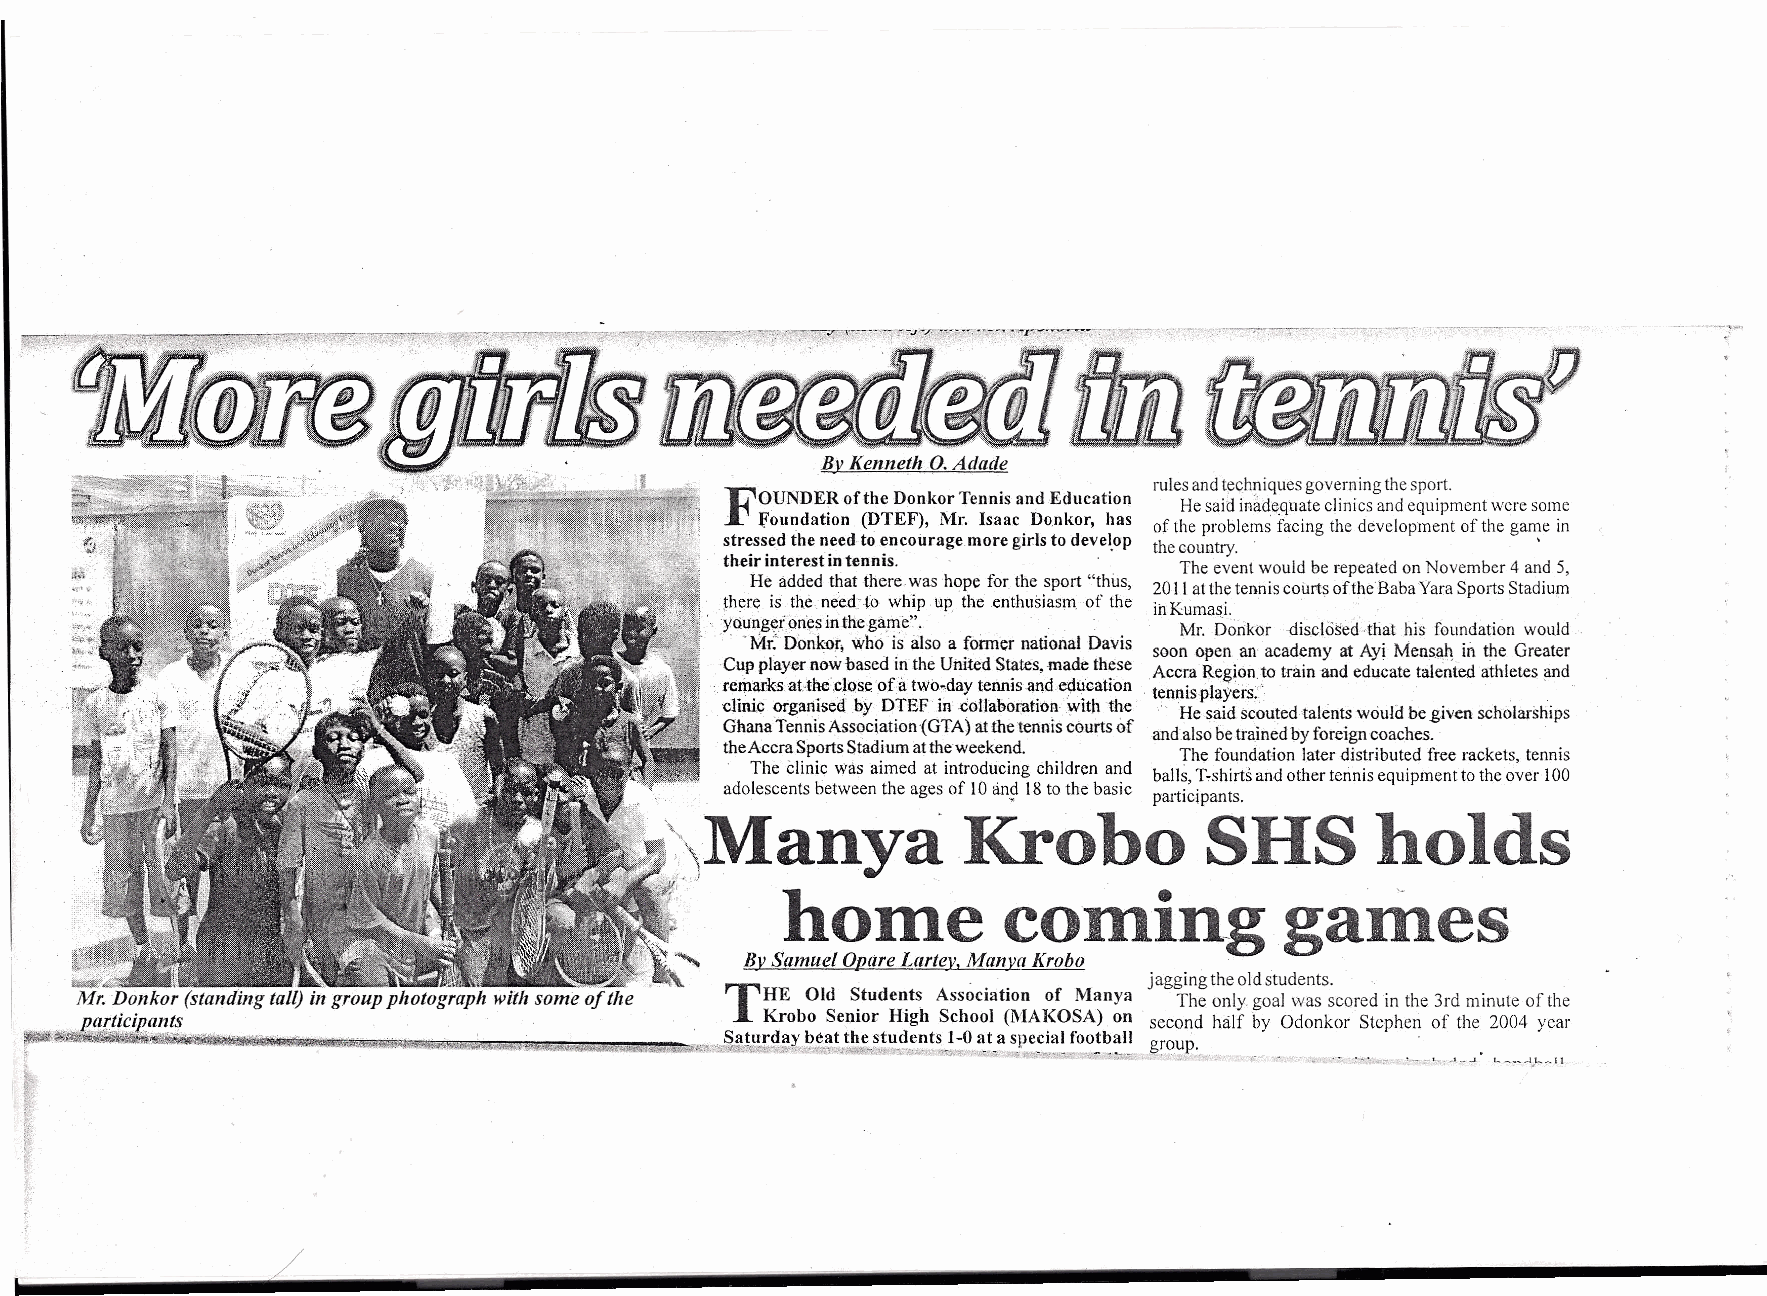
,..,..",.":+'?" ••:_ ''':''''~-~~~"''i'i77<'' ._~_",."a, .. )0 , ~-;""~';",-,-:,-~--.-::-~,-.,, ---;r-~.~--:?-.:,--.J,~r-: •.r__'__:--""l--~·-"""I""r-~"'''''''-'''--~~~''-=-·~~-;---''''-~-
 ,                          rulesandtechniques governing thesport.
 F
 OUNDER ofthe Donkor Tennis and Education Hesaid inadequate clinics and equipmen.twere some
 , foundation (DTEF), Mr. Isaac. Donkor, has of the problems facing the development of the gan:c III
 stressed the need to encourage more girls to develop thecountry.
 their interest intennis.  ,The  event would be repeated on November 4and 5,
 He added that there was hope for the sport "thus, 20IIatthe tennis courts oftheBaba Yara Sports Stadium
 there is the need-to whip up the enthusiasm of the irrKurnasi.
 youngerones inrhe game'', , '.. Mr. Oorikor ,disclosed that his foundation would
 , , "r-':k" Donkor, who is also a former national DaVIS soon open an academy at Ayi Mensah in the Greater
 Cup player nowbased inthe United States, made th~se Accra Region to train and educate talented athletes and
 remarks at-the close of-a two-day tennis and e9ucatlon tennis players:'
 clinic orgaaisedby DTEF in .collaboratien with the ,:. He said scouted talents would be,given scholarships
 GhanaTennis Association (GTA) atthetennis courts of andalso betrained byforeign coaches.
 theAccra Sports Stadium attheweekend. The foundation later distributed free rackets, tennis
 The clinic Wasaimed at introducing children and balls Tsshirts and other tennis equipment totheover 100
 adolescents between the ages of 10an? 18to the basic participants.
 \ManyaKrobo                         SHS        holds
 ~      home          coming             games
 BvSamuel OpareLartev. Manva Krobo '.
 >1f""&."'..l"!>"rM". ;".' '. >,
 mn ". "   .
 '--'''''':'>~'\.        ' .         jagging the oldstudents, '
 (:- di t l~~;~pil     with som; 'Ofthe .. THE Old Students Association of Manya The only. goal was scored in the 3rd minute of the
 r. .o:n or standing a 111groupp to           Krobo Senior High School (MAKOSA) on second half by Odonkor Stephen of the 2004 year
 . .,'" pq;;t~.~.lpart~r.'.".., ". '.... , .. ... . '.. Saturday beat the students 1-0at aspecial football group. .
 ~~~IIf.m •• ljlliil!iltHI iiIi.llllii••••• Jo••••••••••••••••••• _ •••••.•,'•• ~,4t __ '·_ ••·_._, .••• 1ll"~.'w~'-· ',.,...•--'J ""'." - ", '",r, " -, -- -c-e- ""_ '" " .,. __ ••• _, •• ~_~ ' ".'-_11
 !,
 f,
 /